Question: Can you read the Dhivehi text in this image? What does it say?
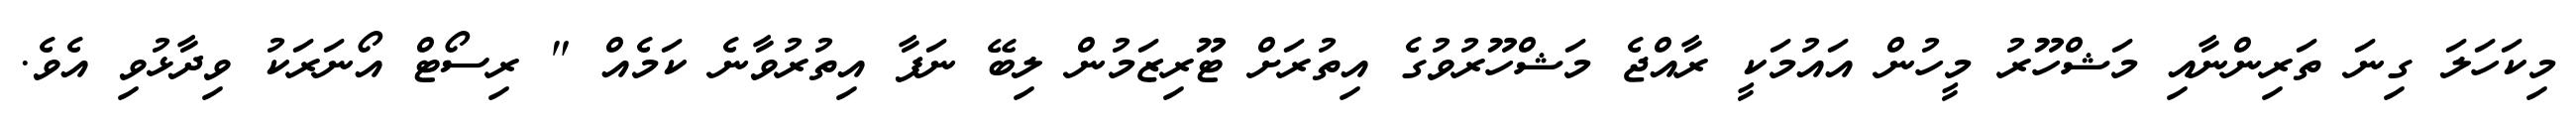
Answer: މިކަހަލަ ގިނަ ތަރިންނާއި މަޝްހޫރު މީހުން އައުމަކީ ރާއްޖެ މަޝްހޫރުވުގެ އިތުރަށް ޓޫރިޒަމުން ލިބޭ ނަފާ އިތުރުވާނެ ކަމެއް " ރިސޯޓް އޯނަރަކު ވިދާޅުވި އެވެ.